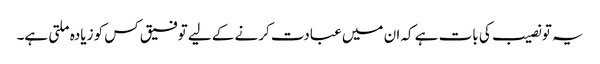
یہ تو نصیب کی بات ہے کہ ان میں عبادت کرنے کے لیے توفیق کس کو زیادہ ملتی ہے۔